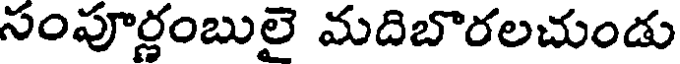
సంపూర్ణంబులై మదిబొరలచుండు